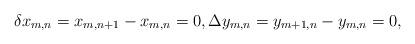
LaTeX: \begin{align*}\delta x_{m,n} = x_{m,n+1} - x_{m,n} = 0,\Delta y_{m,n} = y_{m+1,n} - y_{m,n}=0,\end{align*}